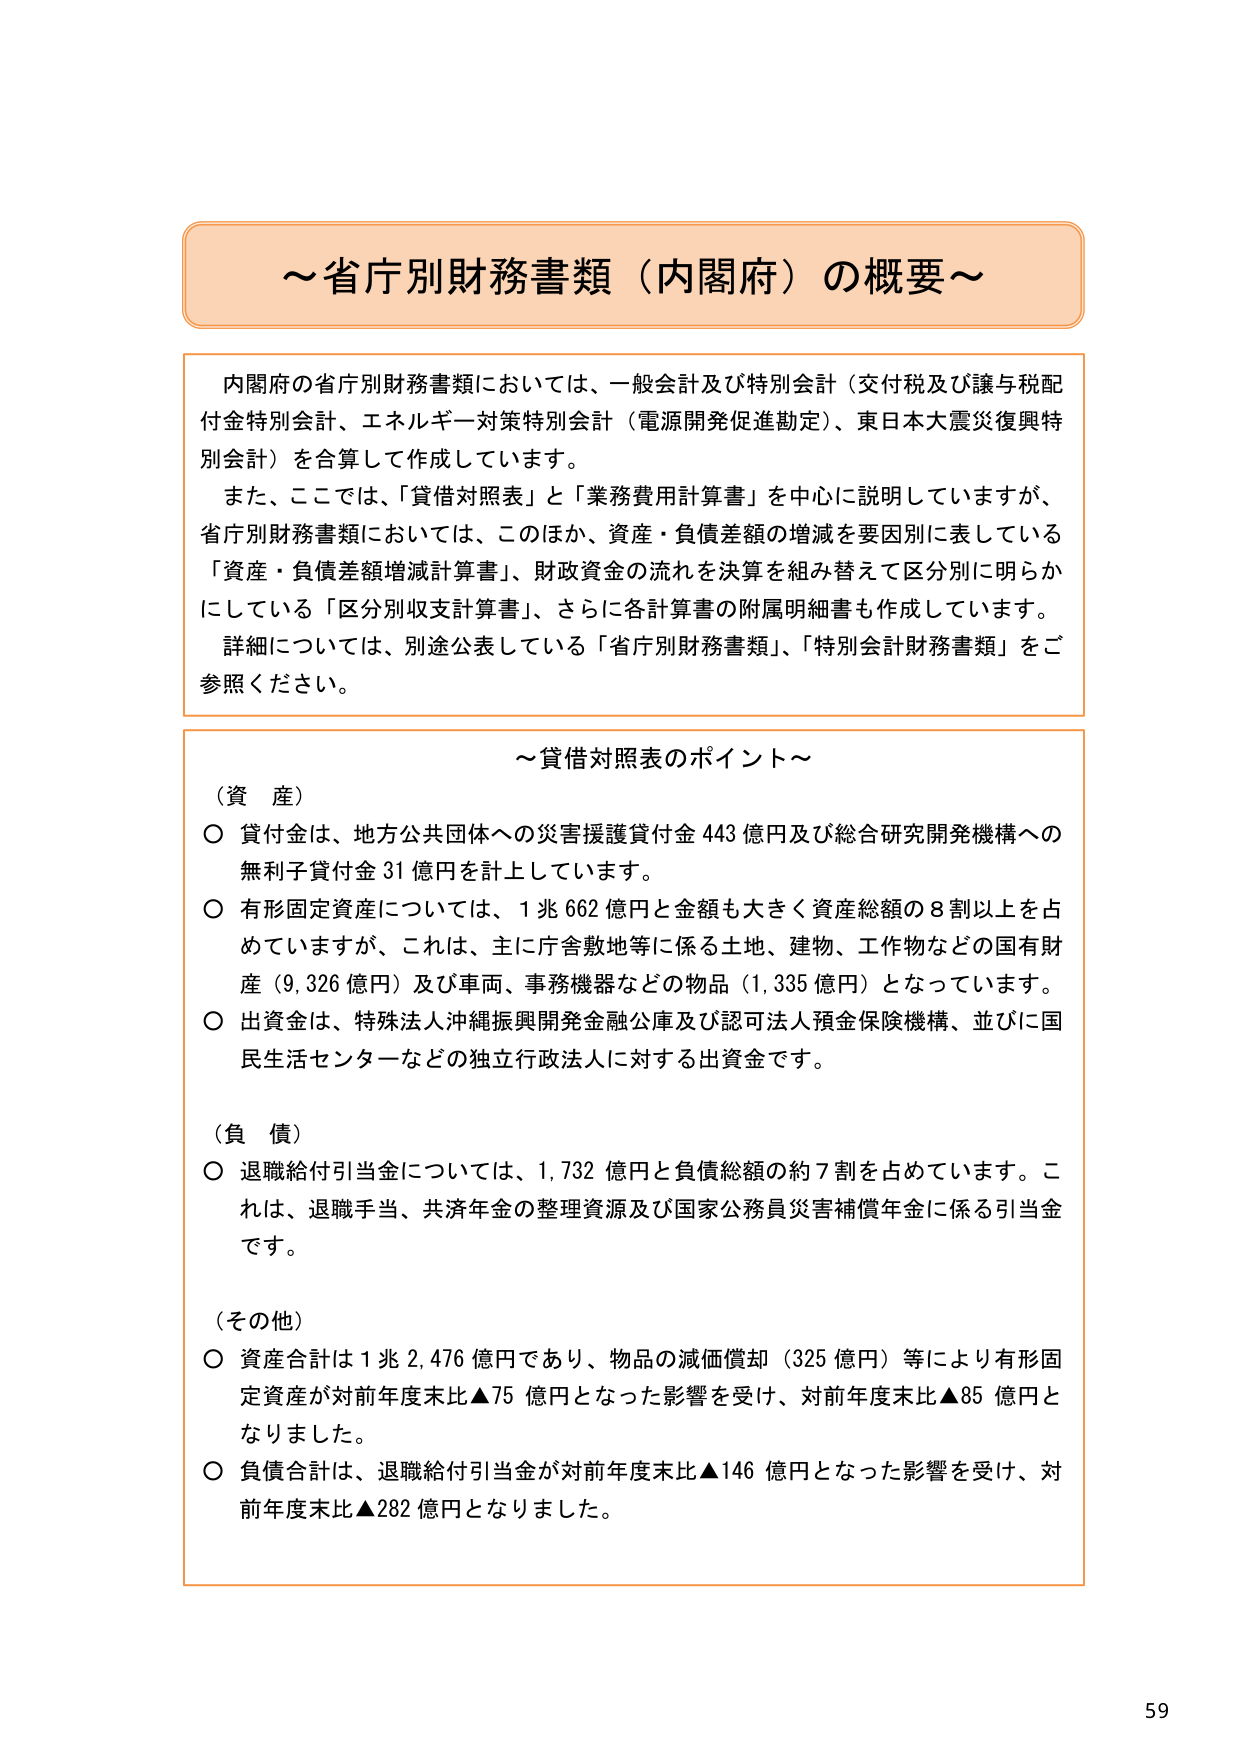
～省庁別財務書類（内閣府）の概要～

内閣府の省庁別財務書類においては、一般会計及び特別会計（交付税及び譲与税配付金特別会計、エネルギー対策特別会計（電源開発促進勘定）、東日本大震災復興特別会計）を合算して作成しています。
また、ここでは、「貸借対照表」と「業務費用計算書」を中心に説明していますが、省庁別財務書類においては、このほか、資産・負債差額の増減を要因別に表している「資産・負債差額増減計算書」、財政資金の流れを決算を組み替えて区分別に明らかにしている「区分別収支計算書」、さらに各計算書の附属明細書も作成しています。
詳細については、別途公表している「省庁別財務書類」、「特別会計財務書類」をご参照ください。

～貸借対照表のポイント～

（資 産）
○ 貸付金は、地方公共団体への災害援護貸付金 443 億円及び総合研究開発機構への無利子貸付金 31 億円を計上しています。
○ 有形固定資産については、1 兆 662 億円と金額も大きく資産総額の 8 割以上を占めていますが、これは、主に庁舎敷地等に係る土地、建物、工作物などの国有財産（9,326 億円）及び車両、事務機器などの物品（1,335 億円）となっています。
○ 出資金は、特殊法人沖縄振興開発金融公庫及び認可法人預金保険機構、並びに国民生活センターなどの独立行政法人に対する出資金です。

（負 債）
○ 退職給付引当金については、1,732 億円と負債総額の約 7 割を占めています。これは、退職手当、共済年金の整理資源及び国家公務員災害補償年金に係る引当金です。

（その他）
○ 資産合計は 1 兆 2,476 億円であり、物品の減価償却（325 億円）等により有形固定資産が対前年度末比▲75 億円となった影響を受け、対前年度末比▲85 億円となりました。
○ 負債合計は、退職給付引当金が対前年度末比▲146 億円となった影響を受け、対前年度末比▲282 億円となりました。

59